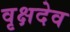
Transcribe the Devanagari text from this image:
वृक्षदेव